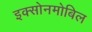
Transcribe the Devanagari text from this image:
इक्सोनमोबिल